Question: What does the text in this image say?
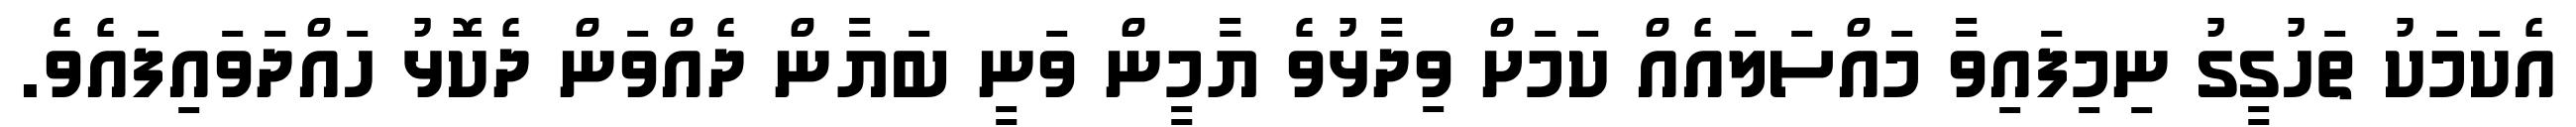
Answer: އެކަމަކު ތަހުގީގު ނިމިފައިވާ މައްސަލައެއް ކަމަށް ވިދާޅުވެ ޔާމީން ވަނީ ބަޔާން ދެއްވަން ދެކޮޅު ހައްދަވައިފައެވެ.